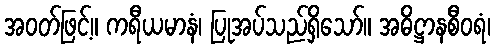
အဝတ်ဖြင့်။ ကရီယမာနံ၊ ပြုအပ်သည်ရှိသော်။ အဓိဋ္ဌာနစီဝရံ၊